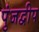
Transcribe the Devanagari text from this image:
पुंजद्वीप